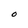
Character: O